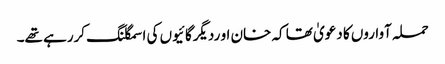
حملہ آواروں کا دعویٰ تھا کہ خان او ردیگرگائیوں کی اسمگلنگ کررہے تھے۔